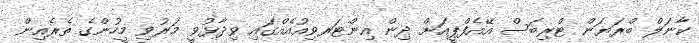
ކާނަލް ބްރަޔަން ޓްރިބަސް އޭއެފްޕީއަށް ދިން އިންޓަރވިއުއެއްގައި ވިދާޅުވީ މަރުވި މީހުންގެ ތެރެއިން